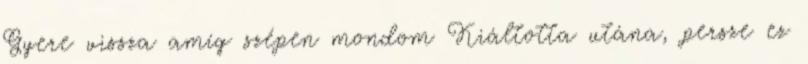
Gyere vissza amíg szépen mondom Kiáltotta utána, persze ez